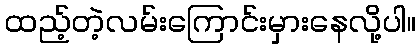
ထည့်တဲ့လမ်းကြောင်းမှားနေလို့ပါ။